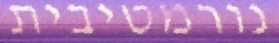
נורמטיבית